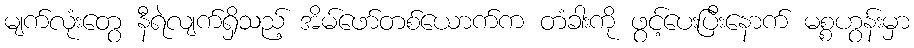
မျက်လုံးတွေ နီရဲလျက်ရှိသည့် အိမ်ဖော်တစ်ယောက်က တံခါးကို ဖွင့်ပေးပြီးနောက် မစ္စဟွန်းမှာ